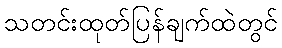
သတင်းထုတ်ပြန်ချက်ထဲတွင်